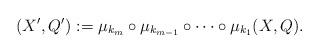
LaTeX: \begin{align*}(X',Q'):=\mu_{k_m}\circ\mu_{k_{m-1}}\circ\dots\circ\mu_{k_1}(X,Q). \end{align*}